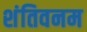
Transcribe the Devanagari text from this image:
शंतिवनम